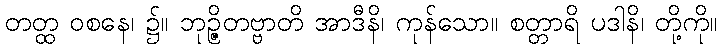
တတ္ထ ဝစနေ၊ ၌။ ဘုဉ္ဇိတဗ္ဗာတိ အာဒီနိ၊ ကုန်သော။ စတ္တာရိ ပဒါနိ၊ တို့ကို။